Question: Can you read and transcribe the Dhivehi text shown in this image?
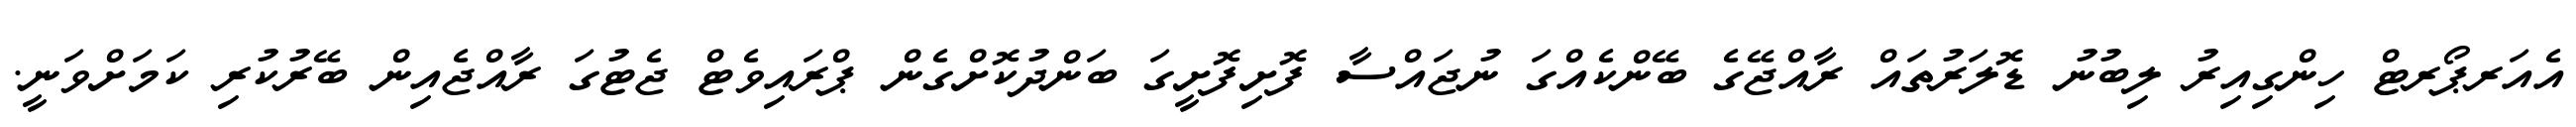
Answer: އެއަރޕޯރޓް ހިންގިއިރު ލިބުނު ޑޮލަރުތައް ރާއްޖޭގެ ބޭންކެއްގަ ނުޖައްސާ ފޮށިފޮށީގަ ބަންދުކޮށްގެން ޕްރައިވެޓް ޖެޓުގަ ރާއްޖެއިން ބޭރުކުރި ކަމަށްވަނީ.